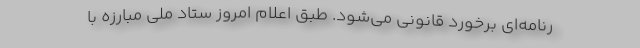
رنامه‌ای برخورد قانونی می‌شود. طبق اعلام امروز ستاد ملی مبارزه با